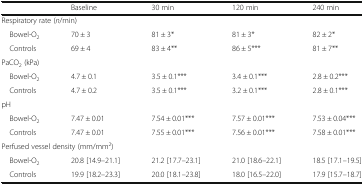
<table><thead><tr><td></td><td><b>Baseline</b></td><td><b>30 min</b></td><td><b>120 min</b></td><td><b>240 min</b></td></tr></thead><tbody><tr><td colspan="5">Respiratory rate (<i>n</i>/min)</td></tr><tr><td> Bowel-O<sub>2</sub></td><td>70 ± 3</td><td>81 ± 3*</td><td>81 ± 3*</td><td>82 ± 2*</td></tr><tr><td> Controls</td><td>69 ± 4</td><td>83 ± 4**</td><td>86 ± 5***</td><td>81 ± 7**</td></tr><tr><td colspan="5">PaCO<sub>2</sub> (kPa)</td></tr><tr><td> Bowel-O<sub>2</sub></td><td>4.7 ± 0.1</td><td>3.5 ± 0.1***</td><td>3.4 ± 0.1***</td><td>2.8 ± 0.2***</td></tr><tr><td> Controls</td><td>4.7 ± 0.2</td><td>3.5 ± 0.1***</td><td>3.2 ± 0.1***</td><td>2.8 ± 0.1***</td></tr><tr><td colspan="5">pH</td></tr><tr><td> Bowel-O<sub>2</sub></td><td>7.47 ± 0.01</td><td>7.54 ± 0.01***</td><td>7.57 ± 0.01***</td><td>7.53 ± 0.04***</td></tr><tr><td> Controls</td><td>7.47 ± 0.01</td><td>7.55 ± 0.01***</td><td>7.56 ± 0.01***</td><td>7.58 ± 0.01***</td></tr><tr><td colspan="5">Perfused vessel density (mm/mm<sup>2</sup>)</td></tr><tr><td> Bowel-O<sub>2</sub></td><td>20.8 [14.9–21.1]</td><td>21.2 [17.7–23.1]</td><td>21.0 [18.6–22.1]</td><td>18.5 [17.1–19.5]</td></tr><tr><td> Controls</td><td>19.9 [18.2–23.3]</td><td>20.0 [18.1–23.8]</td><td>18.0 [16.5–22.0]</td><td>17.9 [15.7–18.7]</td></tr></tbody></table>